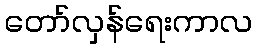
တော်လှန်ရေးကာလ